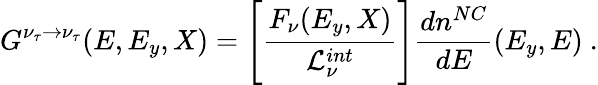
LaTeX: G^{\nu_{\tau}\rightarrow\nu_{\tau}}(E,E_{y},X)=\Biggl[{\frac{F_{\nu}(E_{y},X)}{{\cal L}_{\nu}^{int}}}\Biggr]{\frac{dn^{NC}}{dE}}(E_{y},E)\ .